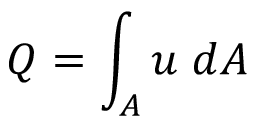
Q = \int _ { A } u \; d A